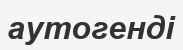
аутогенді